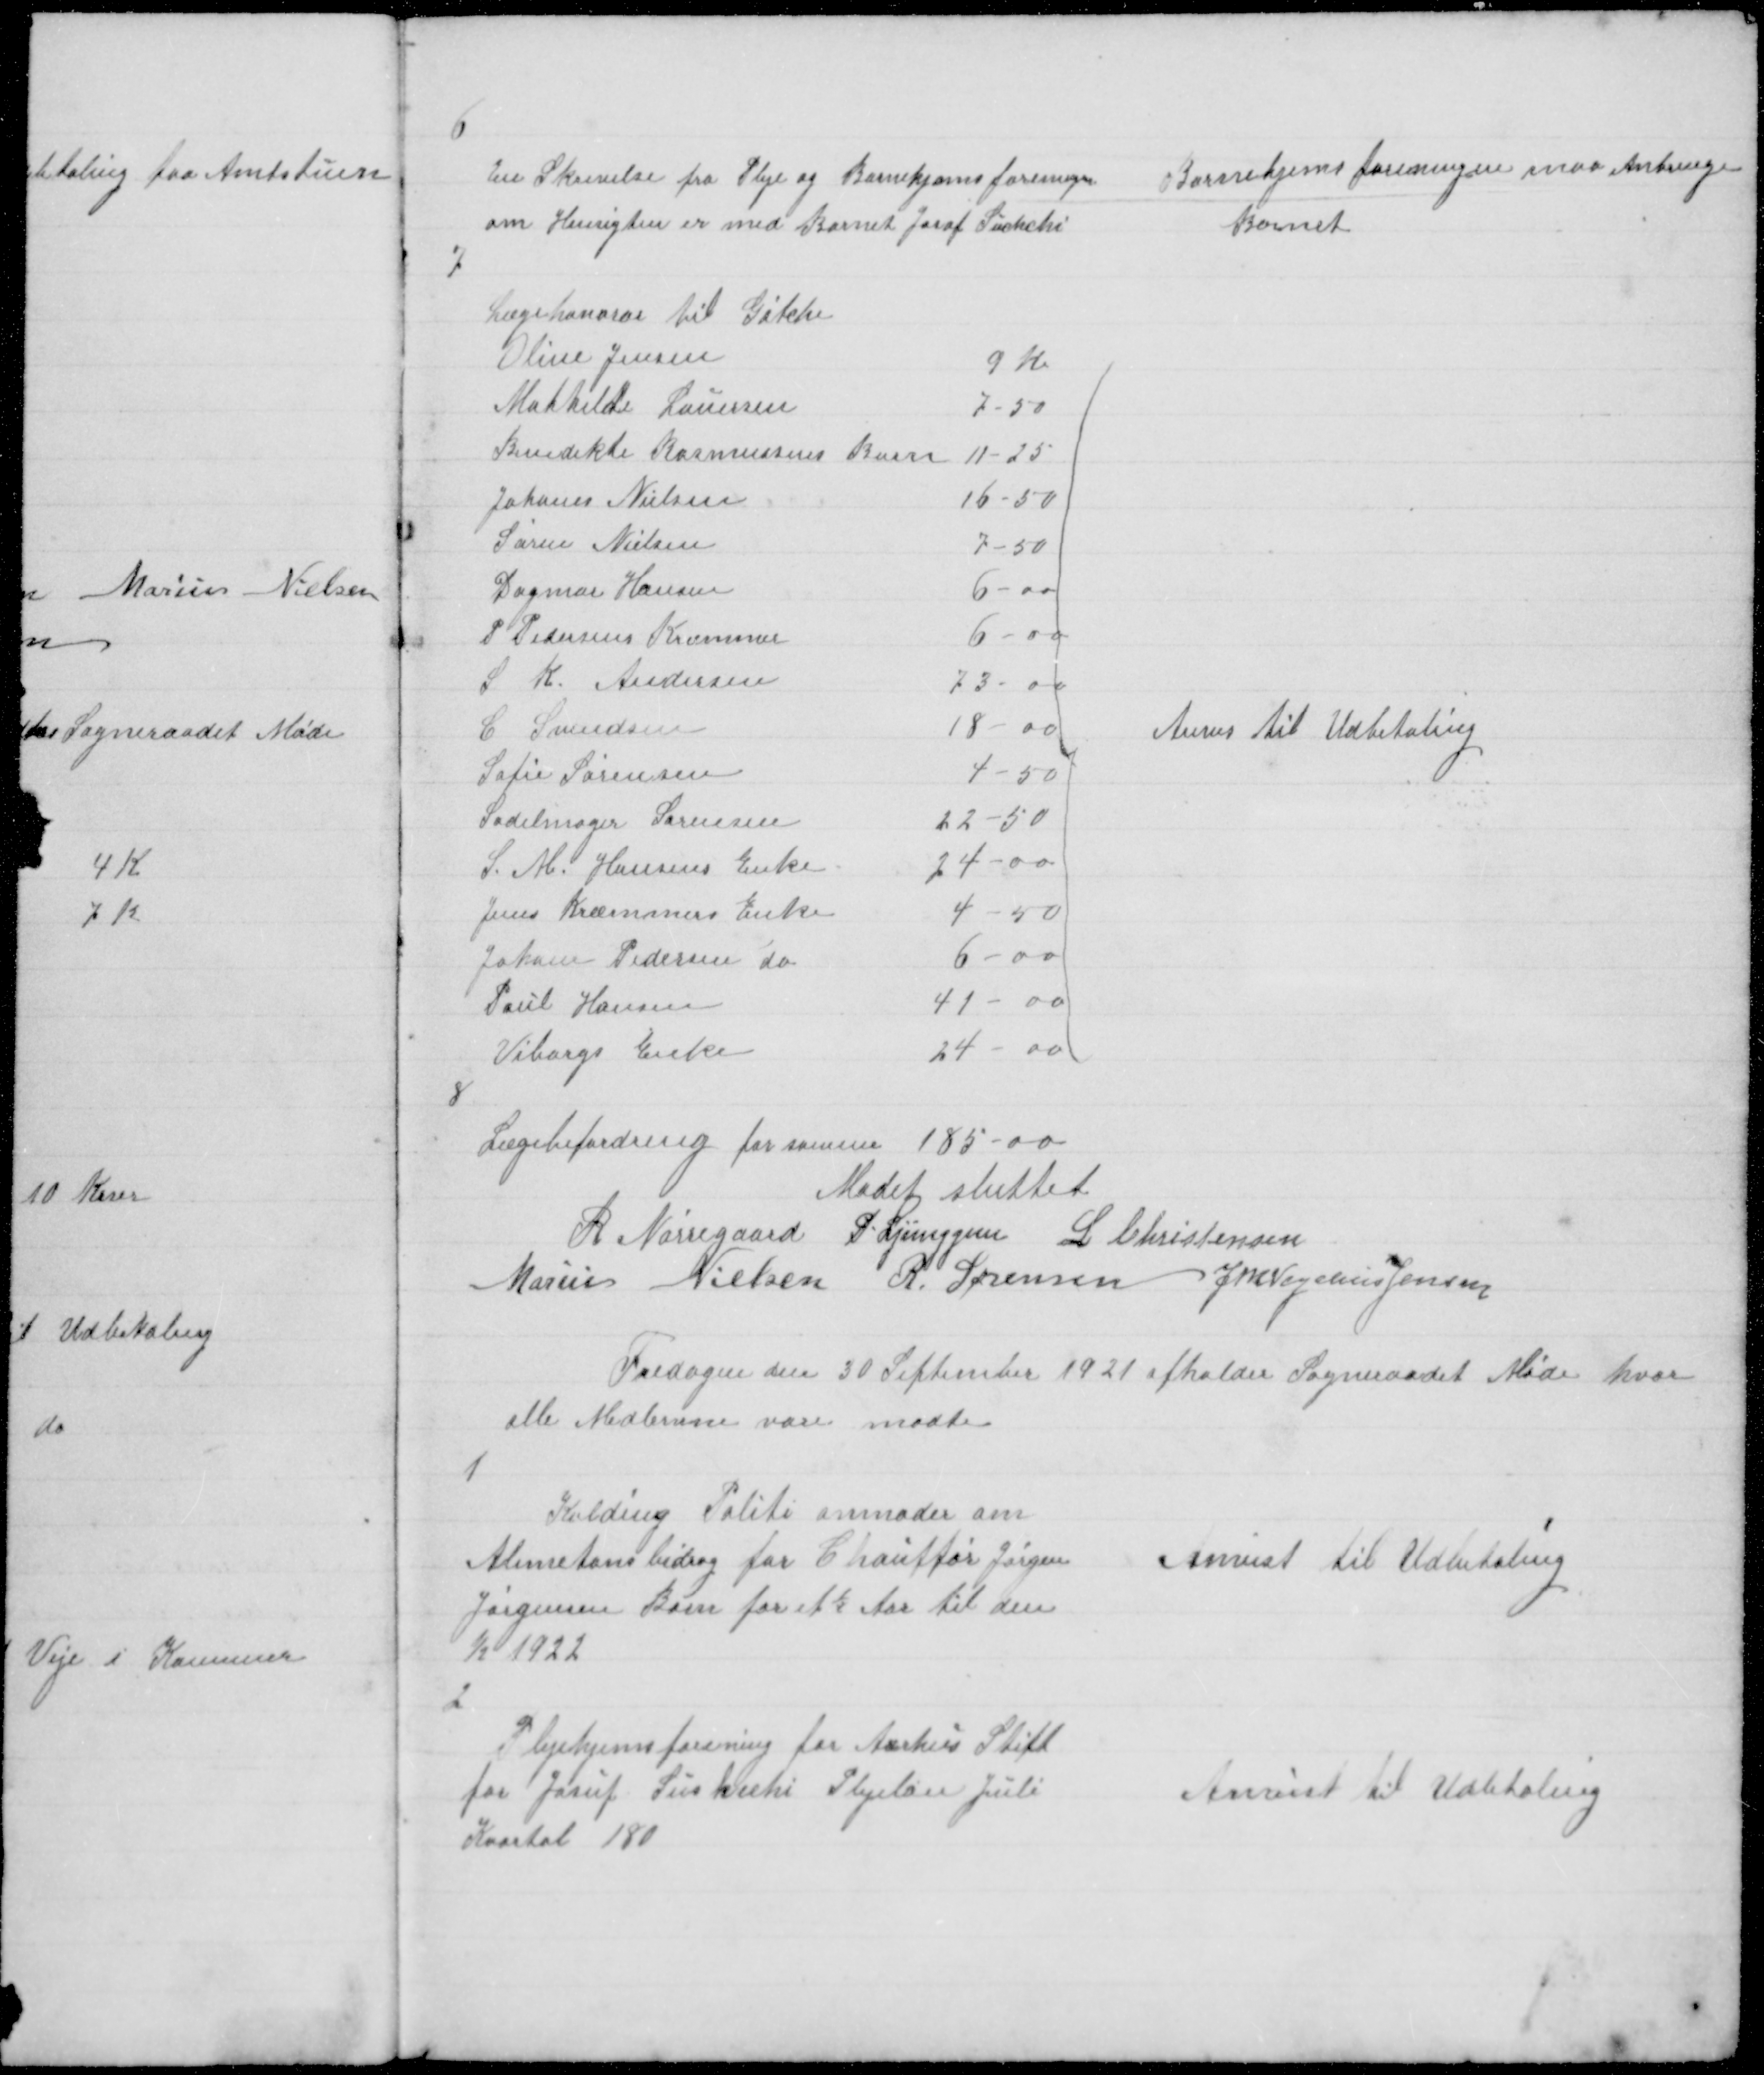
Transskription:
6

En Skrivelse fra Pleje og Børnehjemsforeningen
om Hensigten er med Barnet Josaf Suchchi

Børnehjemsforeningen maa Anbringe
Barnet

7

Anvis til Udbetaling

8

Lægebefordring for samme 185-00

Mødet sluttet
R Nørregaard P. Ljunggren L Christensen
Marius Nielsen R Sørensen J M Vogelius Jensen

Fredagen den 30 September 1921 afholder Sogneraadet Møde hvor
alle Medlemm vare mødte

1

Kolding Politi anmoder om
Alimetonsbidrag for Chauffør Jørgen
Jørgensen Barø for et ½ Aar til den
1/2 1922

Anvist til Udbetaling

2

Plejehjemsforeningen for Aarhus Stift
for Josuf Suskcehi Plejeløn Juli
Kvartal 180

Anvist til Udbetaling